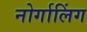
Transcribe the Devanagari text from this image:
नोर्गालिंग